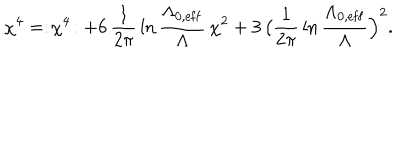
\chi ^ { 4 } = : \! \chi ^ { 4 } \! : + 6 \, { \frac { 1 } { 2 \pi } } \ln { \frac { \Lambda _ { 0 , \mathrm { e f f } } } { \Lambda } } \, \chi ^ { 2 } + 3 \, \bigl ( { \frac { 1 } { 2 \pi } } \ln { \frac { \Lambda _ { 0 , \mathrm { e f f } } } { \Lambda } } \Bigr ) ^ { 2 } .